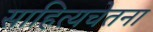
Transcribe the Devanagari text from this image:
साहित्यचेतना